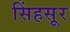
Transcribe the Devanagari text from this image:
सिंहसूर